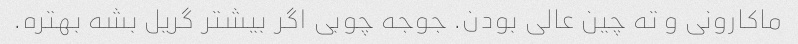
ماکارونی و ته چین عالی بودن. جوجه چوبی اگر بیشتر گریل بشه بهتره.